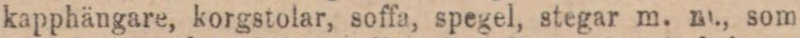
kapphängare, korgstolar, soffa, spegel, stegar m. kl., som